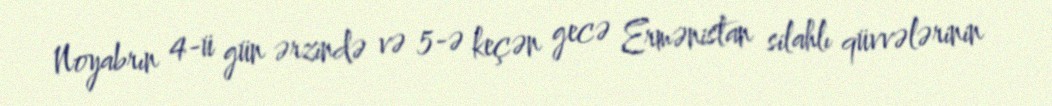
Noyabrın 4-ü gün ərzində və 5-ə keçən gecə Ermənistan silahlı qüvvələrinin